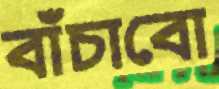
বাঁচাবো